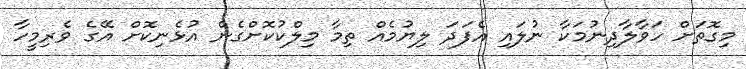
މިގޮތަށް ހަވާލާދިނުމަކާ ނުލައި އެފަދަ ލިޔުމެއް ތިމާ މިލްކުކޮށްގެން އުޅެނިކޮށް އޭގެ ވެރިމީހާ